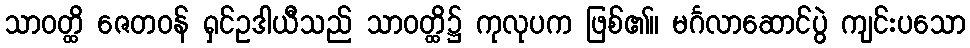
သာဝတ္ထိ ဇေတဝန် ရှင်ဥဒါယီသည် သာဝတ္ထိ၌ ကုလုပက ဖြစ်၏။ မင်္ဂလာဆောင်ပွဲ ကျင်းပသော